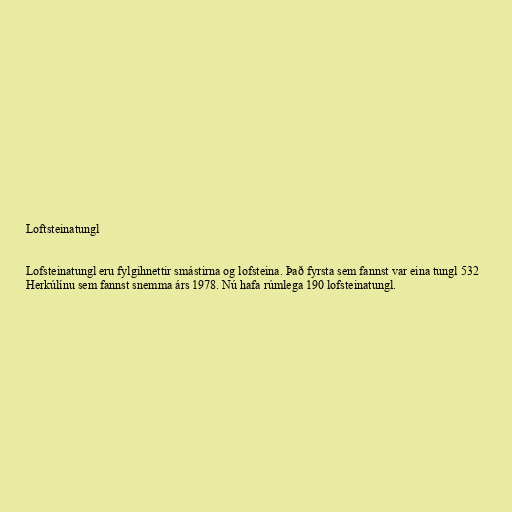
Loftsteinatungl

Lofsteinatungl eru fylgihnettir smástirna og lofsteina. Það fyrsta sem fannst var eina tungl 532
Herkúlínu sem fannst snemma árs 1978. Nú hafa rúmlega 190 lofsteinatungl.